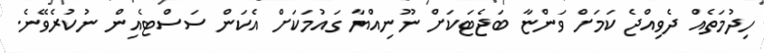
ހިދުމަތެއް ދެވިއްޖެ ކަމަށް ވަންޏާ ބަޖެޓަކަށް ނޫނިއްޔާ ގައުމަކަށް އެކަން ސަސްޓެއިން ނުކުރެވޭނެ.